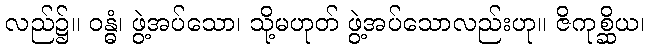
လည်၌။ ဝန္ဓံ၊ ဖွဲ့အပ်သော၊ သို့မဟုတ် ဖွဲ့အပ်သောလည်းဟု။ ဇိကုစ္ဆိယ၊